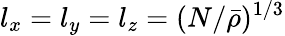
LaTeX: l_{x}=l_{y}=l_{z}=(N/\bar{\rho})^{1/3}